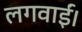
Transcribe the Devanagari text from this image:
लगवाईं।